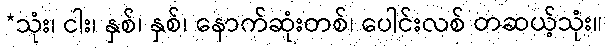
*သုံး၊ ငါး၊ နှစ်၊ နှစ်၊ နောက်ဆုံးတစ်၊ ပေါင်းလစ် တဆယ့်သုံး။